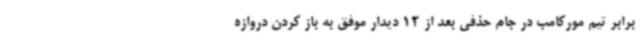
برابر تیم مورکامب در جام حذفی بعد از 12 دیدار موفق به باز کردن دروازه